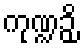
ကုဏ္ဍဉှိ